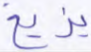
يزيغ